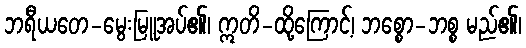
ဘရီယတေ-မွေးမြူအပ်၏၊ ဣတိ-ထို့ကြောင့်၊ ဘစ္စော-ဘစ္စ မည်၏၊